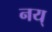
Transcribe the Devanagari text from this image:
नय्